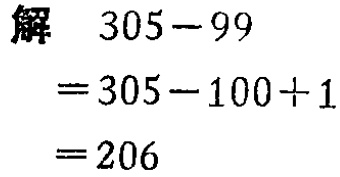
解
\[
\begin{align*}
305 - 99&=305 - 100 + 1\\
&=206
\end{align*}
\]